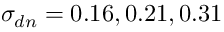
\sigma _ { d n } = 0 . 1 6 , 0 . 2 1 , 0 . 3 1